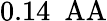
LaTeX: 0.14~\mathrm{\ AA}